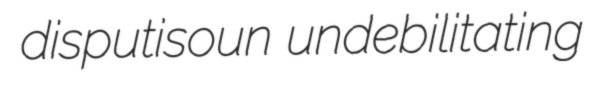
disputisoun undebilitating